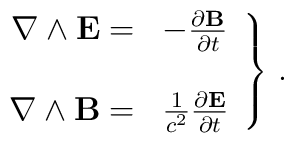
\left.      \begin{array}{rl}         \nabla \wedge {\bf E}  =  &  -  {\partial {\bf B} \over \partial t}  \\                                   &                                          \\         \nabla \wedge {\bf B}  =  &  \frac{1}{c^{2}} {\partial {\bf E} \over                                             \partial t}       \end{array}     \right\}     \,  .